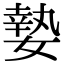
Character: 𡠗